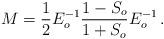
LaTeX: \begin{align*}M =\frac{1}{2} E_o^{-1} \frac{1-S_o}{1+S_o} E_o^{-1}\,.\end{align*}